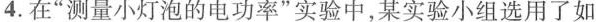
4.在”测量小灯泡的电功率”实验中，某实验小组选用了如